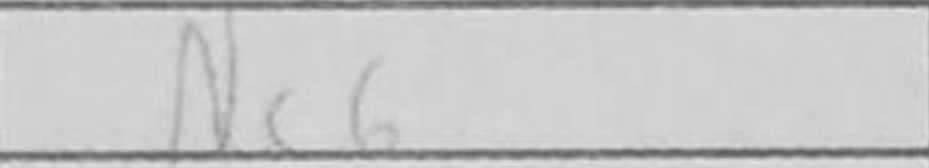
Transcription: Nc6